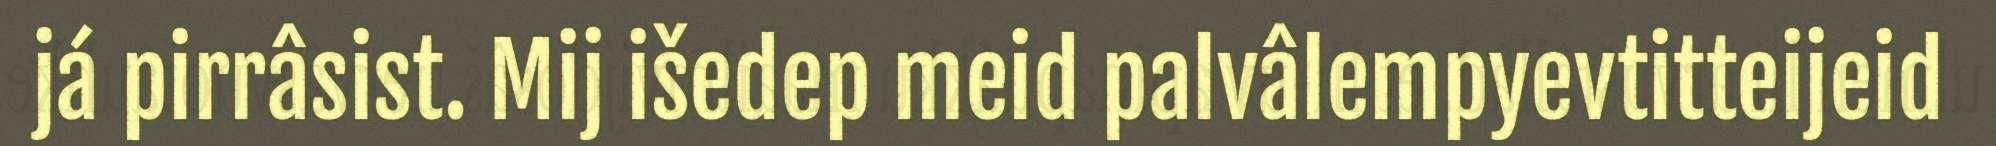
já pirrâsist. Mij išedep meid palvâlempyevtitteijeid